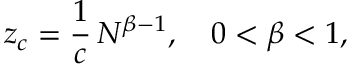
z _ { c } = \frac { 1 } { c } \, N ^ { \beta - 1 } , \quad 0 < \beta < 1 ,